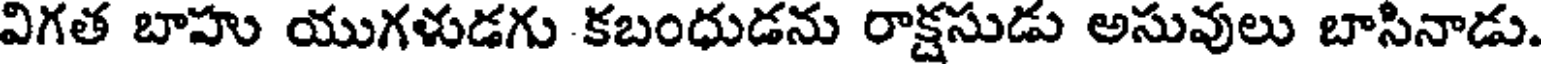
విగత బాహు యుగళుడగు కబంధుడను రాక్షసుడు అసువులు బాసినాడు.